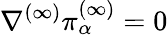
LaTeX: \nabla^{(\infty)}\pi_{\alpha}^{(\infty)}=0